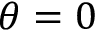
\theta = 0